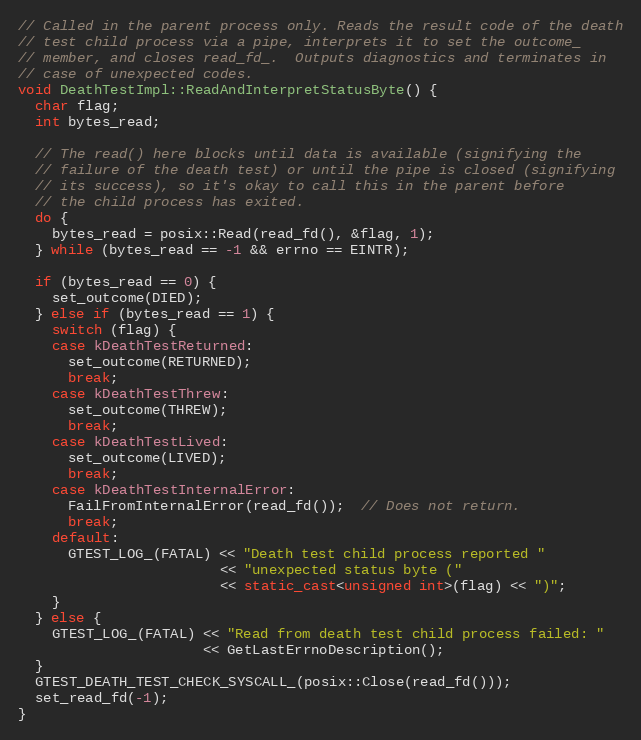
Language: C++
// Called in the parent process only. Reads the result code of the death
// test child process via a pipe, interprets it to set the outcome_
// member, and closes read_fd_.  Outputs diagnostics and terminates in
// case of unexpected codes.
void DeathTestImpl::ReadAndInterpretStatusByte() {
  char flag;
  int bytes_read;

  // The read() here blocks until data is available (signifying the
  // failure of the death test) or until the pipe is closed (signifying
  // its success), so it's okay to call this in the parent before
  // the child process has exited.
  do {
    bytes_read = posix::Read(read_fd(), &flag, 1);
  } while (bytes_read == -1 && errno == EINTR);

  if (bytes_read == 0) {
    set_outcome(DIED);
  } else if (bytes_read == 1) {
    switch (flag) {
    case kDeathTestReturned:
      set_outcome(RETURNED);
      break;
    case kDeathTestThrew:
      set_outcome(THREW);
      break;
    case kDeathTestLived:
      set_outcome(LIVED);
      break;
    case kDeathTestInternalError:
      FailFromInternalError(read_fd());  // Does not return.
      break;
    default:
      GTEST_LOG_(FATAL) << "Death test child process reported "
                        << "unexpected status byte ("
                        << static_cast<unsigned int>(flag) << ")";
    }
  } else {
    GTEST_LOG_(FATAL) << "Read from death test child process failed: "
                      << GetLastErrnoDescription();
  }
  GTEST_DEATH_TEST_CHECK_SYSCALL_(posix::Close(read_fd()));
  set_read_fd(-1);
}